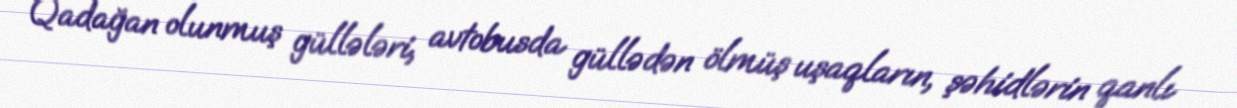
Qadağan olunmuş güllələri, avtobusda güllədən ölmüş uşaqların, şəhidlərin qanlı